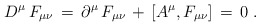
\begin{align*}D^{\mu} \, F_{\mu\nu} \, = \, \partial^{\mu} \, F_{\mu\nu} \, +\, [A^{\mu},F_{\mu\nu}] \, = \, 0 \; .\end{align*}